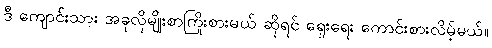
ဒီ ကျောင်းသား အခုလိုမျိုးစာကြိုးစားမယ် ဆိုရင် ရှေးရေး ကောင်းစားလိမ့်မယ်။